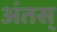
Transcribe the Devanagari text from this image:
अंतस्